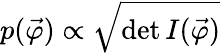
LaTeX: p({\vec{\varphi}})\propto{\sqrt{\operatorname*{det}I({\vec{\varphi}})}}